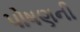
પોષણની